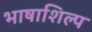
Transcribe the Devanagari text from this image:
भाषाशिल्प